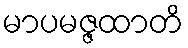
မာပမဇ္ဇထာတိ